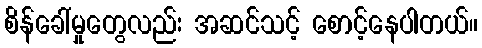
စိန်ခေါ်မှုတွေလည်း အဆင်သင့် စောင့်နေပါတယ်။